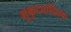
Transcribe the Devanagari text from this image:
मुकुटतादितक